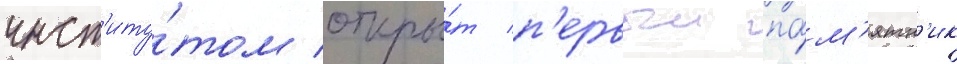
инст'иту́том откры́т п'ервыи па́м'ятн'ик